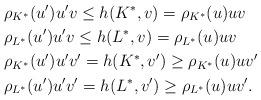
LaTeX: \begin{align*}&\rho_{K^*}(u')u'v\leq h(K^*,v)=\rho_{K^*}(u)uv \\&\rho_{L^*}(u')u'v\leq h(L^*,v)=\rho_{L^*}(u)uv \\&\rho_{K^*}(u')u'v'=h(K^*,v')\geq \rho_{K^*}(u)uv' \\&\rho_{L^*}(u')u'v'=h(L^*,v')\geq \rho_{L^*}(u)uv'.\end{align*}